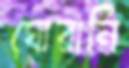
ঘোরানি